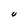
Character: U